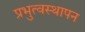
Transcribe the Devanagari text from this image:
प्रभुत्वस्थापन